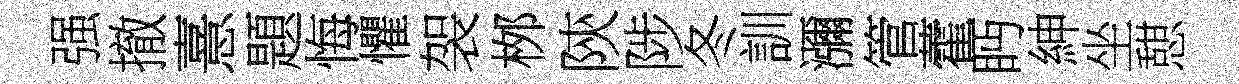
强撤憙題悔懼袈桞陝陟冬訓瀰管藿眄紳坐憇